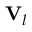
\mathbf { V } _ { l }